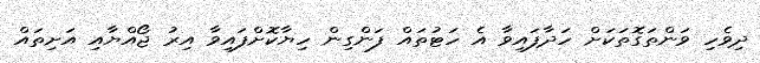
ދިވެހި ވަންތަގޮތަކަށް ހަދާފައިވާ އެ ހަޓުތައް ފަންގިން ހިޔާކޮށްފައިވާ އިރު ޖޯއްޔާއި އަށިތައް